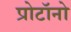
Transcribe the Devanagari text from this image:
प्रोटॉनो